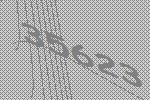
35623